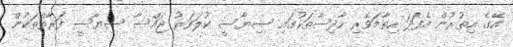
އޭގެ އިތުރުން އެފަދަ ހިތާމަވެރި ހާދިސާތަކުގައި ސިޔާސީ ކުލަވަރު ޖައްސާ ސިޔާސީ ފަރާތްތަކުން